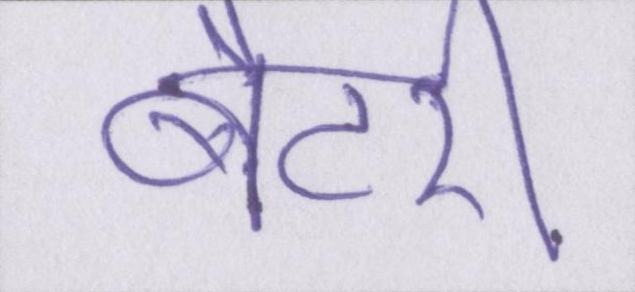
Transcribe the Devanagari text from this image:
बैटरी